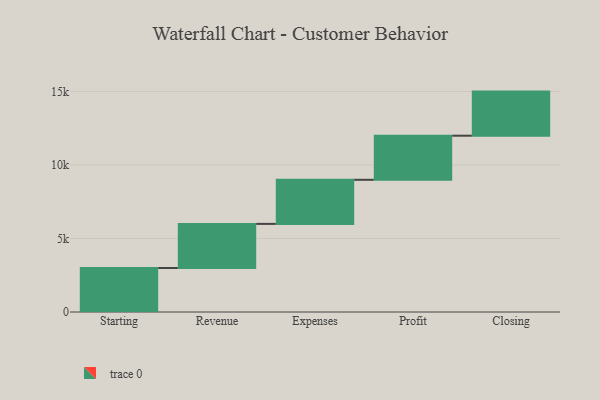
{"axis": {"x": "Step", "y": "Value"}, "legend": [""], "data": [{"x": "Starting", "y": 2994.0, "type": ""}, {"x": "Revenue", "y": 3000, "type": ""}, {"x": "Expenses", "y": 3000, "type": ""}, {"x": "Profit", "y": 3000, "type": ""}, {"x": "Closing", "y": 3000, "type": ""}]}